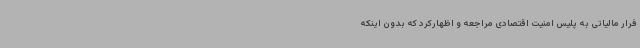
فرار مالیاتی به پلیس امنیت اقتصادی مراجعه و اظهارکرد که بدون اینکه